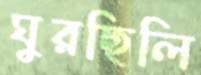
ঘুরছিলি